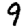
Digit: 9